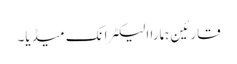
قارئین ہمارا الیکٹرانک میڈیا۔